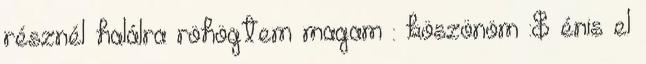
résznél halálra röhögtem magam : köszönöm :$ énis el